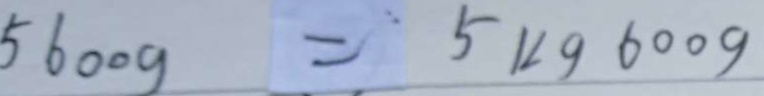
5 6 0 0 g = 5 k g 6 0 0 g